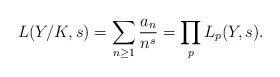
LaTeX: \begin{align*} L(Y/K,s) = \sum_{n\geq 1} \frac{a_n}{n^s} = \prod_p L_p(Y,s).\end{align*}